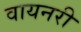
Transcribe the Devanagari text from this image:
वायनरी